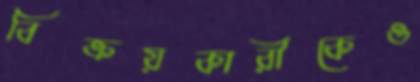
বিক্রয়কারীকেও